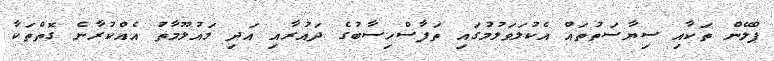
ޕްލޭން ތަކާއި ސިޔާސަތުތައް އެކުލަވަލުމުގައި ތަފާސްހިސާބުގެ ދައުރާއި އަދި މައުލޫމާތު އެއްކުރާނެ ގޮތްތަކާ